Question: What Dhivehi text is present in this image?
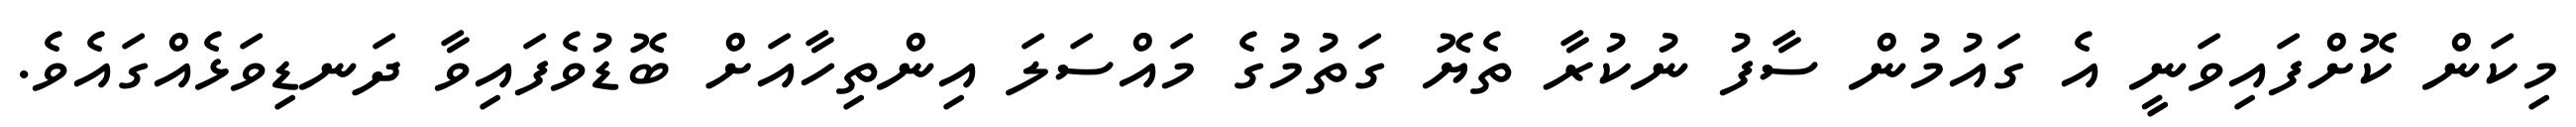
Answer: މިކަން ކޮށްފައިވަނީ އެ ގައުމުން ސާފު ނުކުރާ ތެޔޮ ގަތުމުގެ މައްސަލަ އިންތިހާއަށް ބޮޑުވެފައިވާ ދަނޑިވަޅެއްގައެވެ.